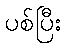
ပစ်ပြီး